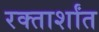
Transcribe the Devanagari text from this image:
रक्तार्शांत